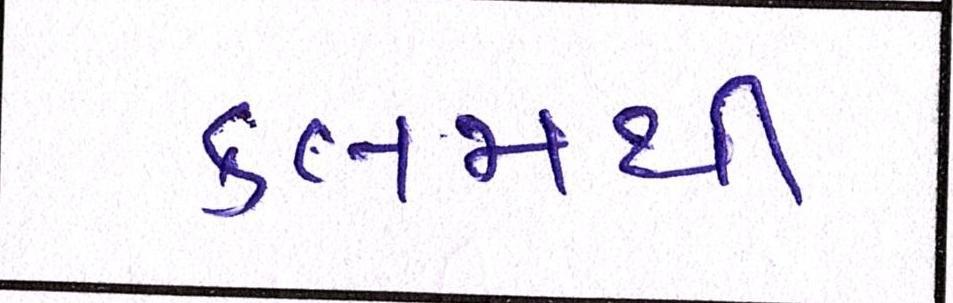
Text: કલમથી